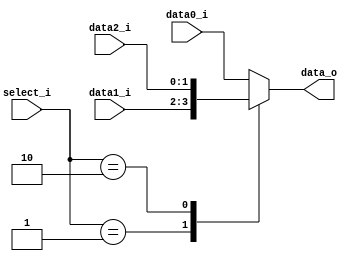
//Subject:     Architecture project 2 - MUX 2to1
//--------------------------------------------------------------------------------
//Version:     1
//--------------------------------------------------------------------------------
//Writer:      
//----------------------------------------------
//Date:        
//----------------------------------------------
//Description: 
//--------------------------------------------------------------------------------
     
module MUX_3to1(
               data0_i,
               data1_i,
			   data2_i,
               select_i,
               data_o
               );

parameter size = 0;			   
			
//I/O ports               
input   [size-1:0] data0_i;          
input   [size-1:0] data1_i;
input   [size-1:0] data2_i;
input   [1:0]      select_i;
output  [size-1:0] data_o; 

//Internal Signals
reg     [size-1:0] data_o;

//Main function
always@(*)begin
	case(select_i) 
		2'b00:data_o <= data0_i;
		2'b01:data_o <= data1_i;
		2'b10:data_o <= data2_i;
		default:data_o <= data0_i;
	endcase
		
end
endmodule